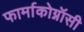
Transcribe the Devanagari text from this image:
फार्माकोग्नॉसी